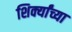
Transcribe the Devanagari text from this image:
शिर्क्यांच्या